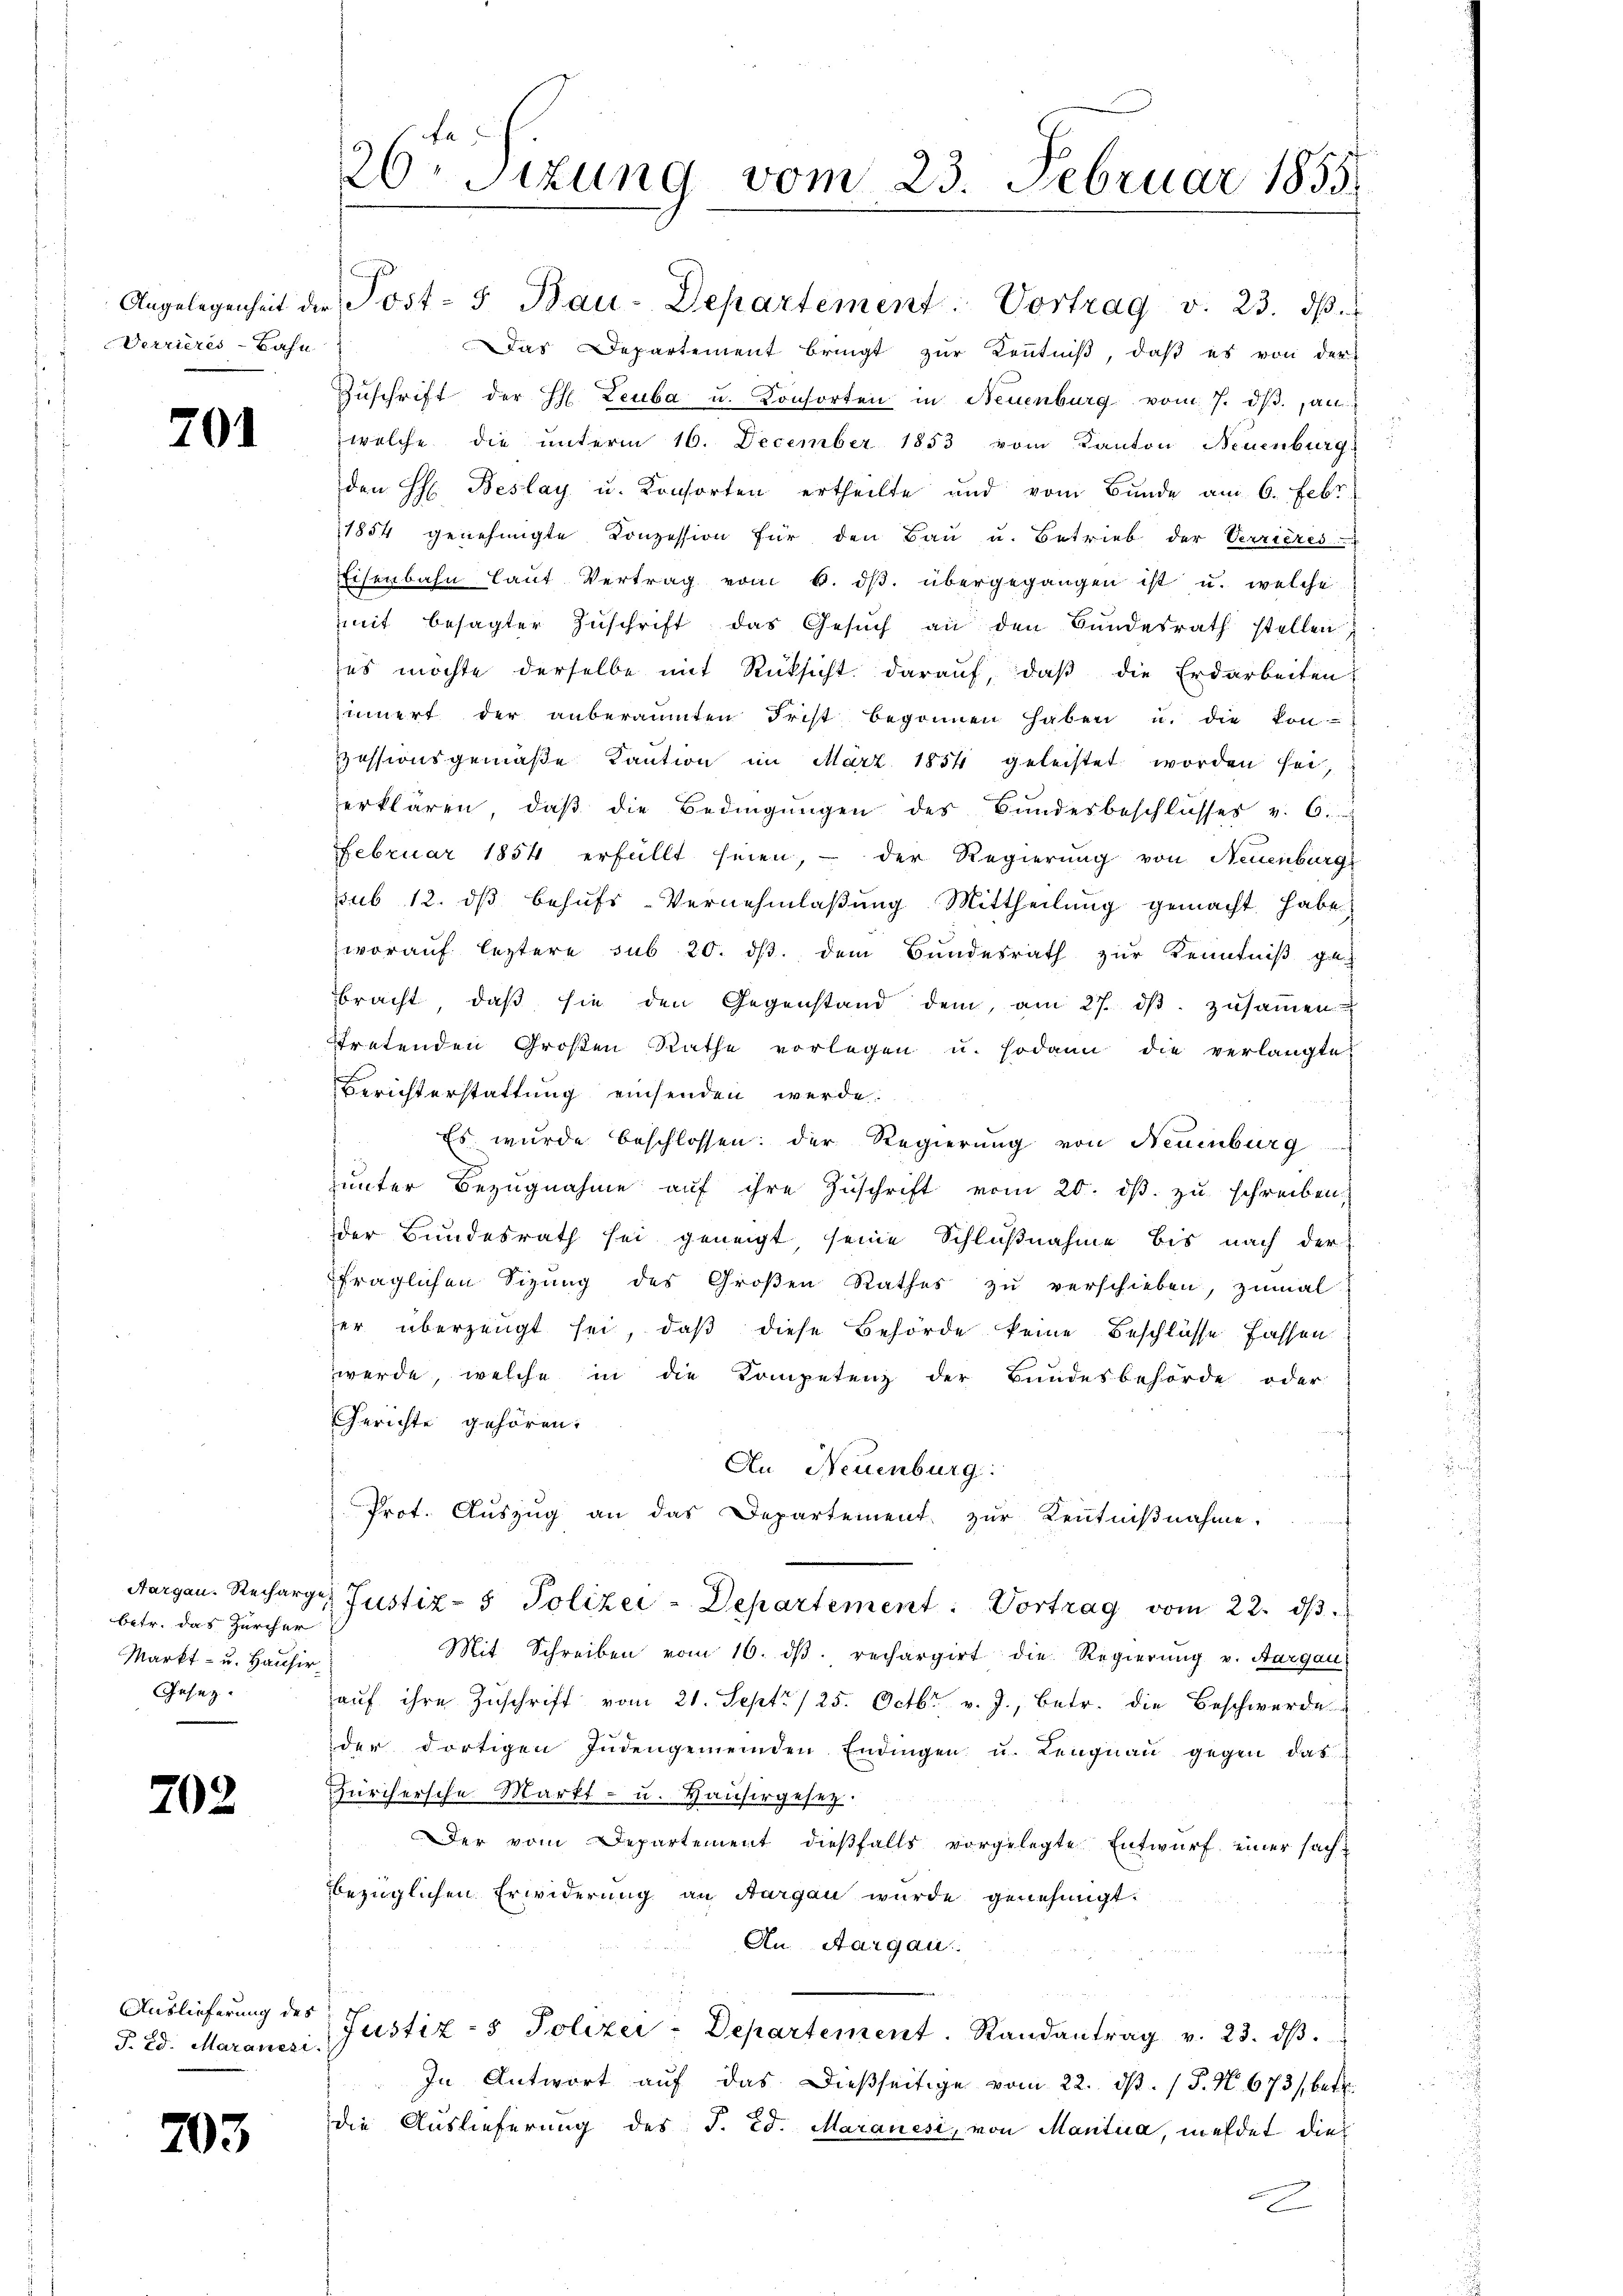
Verrieres-Bahn

201

betr. das Zürcher
Markt- u. Hausir
Gesetz

20.

.

703

Auslieferung des
T. Ed. Maraneri.

20 Sitzung vom 23. Februar 1855

Angelegenheit der Post- 5 Bau-Departement: Vortrag v. 23. dβ.
Das Departement bringt zur Kenntniß, daß es von der
Zŭschrift der H. Leuba u. Konsorten in Neuenburg vom 7. dβ., an
welche die unterm 16. December 1853 vom Kanton Neuenburg,
den H. Beslay u. Konsorten ertheilte und vom Bunde am 6. Febr
1854 genehmigte Conzession für den Baŭ u. Betrieb der Verrieres
EEisenbahn laut Vertrag vom 6. dβ. übergegangen ist u. welche
mit besagter Zŭschrift das Gesŭch an den Bundesrath stellen,
ses möchte derselbe mit Rücksicht darauf, daß die Erdarbeiten
innert der anberaumten Frist begonnen haben u. die kon-
Zessionsgemäβe Kaŭtion im März 1854 geleistet worden sei,
erklären, daβ die Bedingŭngen des Bŭndesbeschlŭsses v. 6.
Februar 1854 erfüllt seien, – der Regierung von Neuenburg
sub. 12. ds behufs Vernehmlaßung Mittheilung gemacht habe
worauf leztere sub 20. ds. dem Bundesrath zur Kenntniß gebracht, daβ sie den Gegenstand dem, am 27. dβ zŭsaṁen-
tretenden Großen Rathe vorlegen u. sodann die verlangte
Berichterstattung einsenden werde.
Es wurde beschlossen: der Regierung von Neuenburg
unter Bezugnahme auf ihre Zuschrift vom 20. dβ. zu schreiben,
der Bundesrath sei geneigt seine Schlußnahme bis nach der
fraglichen Sizung des Großen Rathes zŭ verschieben, zumal
er überzeugt sei, daß diese Behörde keine Beschlüsse fassen
werde, welche in die Kompetenz der Bundesbehörde oder
Gerichte gehören:
An Neuenburg.
Prot. Auszug an das Departement zur Kenntnißnahme.
Aargau. Recharge Justiz- & Polizei-Departement. Vortrag vom 22. dβ.
Mit Schreiben vom 16. dβ. rechargirt die Regierung v. Aargau
aŭf ihre Zŭschrift vom 21. Sept./25. Octbr. v. J., betr. die Beschwerde
der dortigen Indengemeinden Endingen u. Lengnau gegen das
Fürchersche Markt- u. Hausergesetz.
Der vom Departement dießfalls vorgelegte Entwurf einer sachbezüglichen Erwiderung an Aargau wurde genehmigt.
An Aargau.
Justiz- & Polizei-Departement. Randantrag v. 23. dβ.
In Antwort aŭf das dießseitige vom 22. ds. (T. No. 673/, betr.
die Auslieferung des J. Ed. Maranesi, von Mantua, meldet dies
2